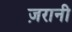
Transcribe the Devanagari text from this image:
ज़रानी